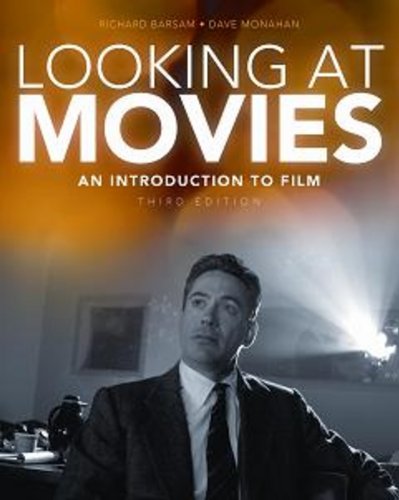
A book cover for Looking at Movies: An Introduction to Film, 3rd Edition; David Barsam Richard; Monahan; Humor & Entertainment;